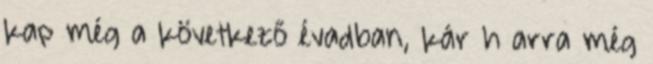
kap még a következő évadban, kár h arra még